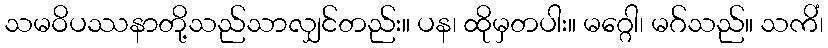
သမဝိပဿနာတို့သည်သာလျှင်တည်း။ ပန၊ ထိုမှတပါး။ မဂ္ဂေါ၊ မဂ်သည်။ သကိံ၊